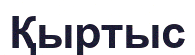
Қыртыс